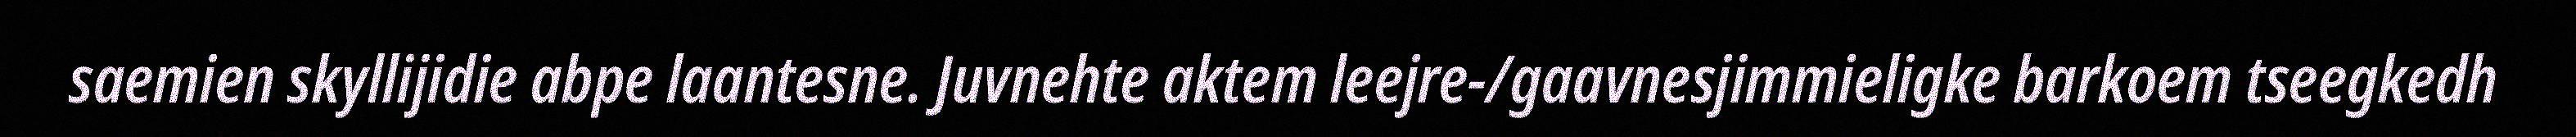
saemien skyllijidie abpe laantesne. Juvnehte aktem leejre-/gaavnesjimmieligke barkoem tseegkedh